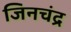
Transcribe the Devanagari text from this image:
जिनचंद्र